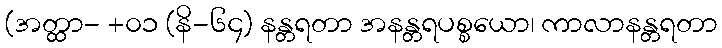
(အတ္ထာ- +၀၁ (နိ-၆၄) နန္တရတာ အနန္တရပစ္စယော၊ ကာလာနန္တရတာ